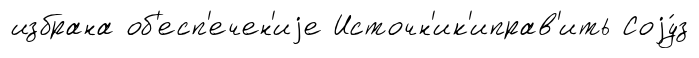
избрана об'есп'ечен'иjе Источн'ик'иправ'ить Соjу́з